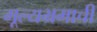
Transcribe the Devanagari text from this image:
मूल्यभ्रमाची